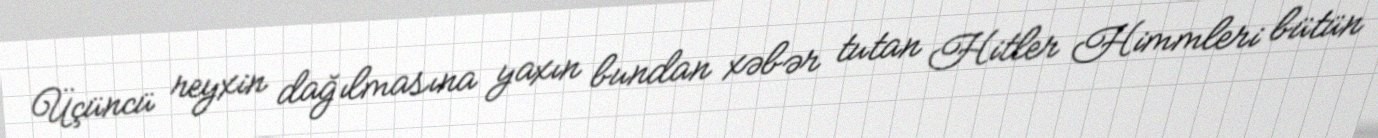
Üçüncü reyxin dağılmasına yaxın bundan xəbər tutan Hitler Himmleri bütün